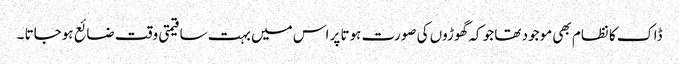
ڈاک کا نظام بھی موجود تھا جو کہ گھوڑوں کی صورت ہوتا پر اس میں بہت سا قیمتی وقت ضائع ہوجاتا ۔